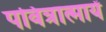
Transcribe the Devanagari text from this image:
पवित्रात्मायें